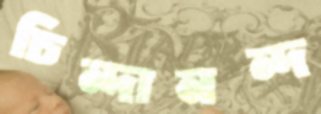
চিন্দানন্দ